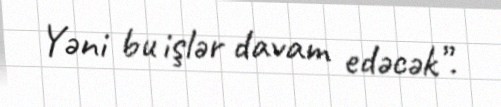
Yəni bu işlər davam edəcək”.